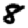
Digit: 8